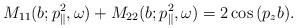
LaTeX: \begin{align*} M_{11}(b; p_{\parallel}^2, \omega) + M_{22}(b; p_{\parallel}^2, \omega) = 2\cos{(p_z b)}.\end{align*}